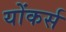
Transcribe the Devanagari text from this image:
योंकर्स